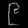
Digit: ၉